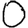
Digit: 0